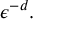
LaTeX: \epsilon ^ { - d } .